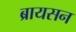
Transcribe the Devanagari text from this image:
ब्रायसन